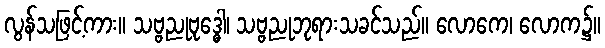
လွန်သဖြင့်ကား။ သဗ္ဗညုဗုဒ္ဓေါ၊ သဗ္ဗညုဘုရားသခင်သည်။ လောကေ၊ လောက၌။